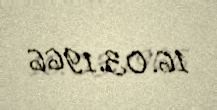
16.03.1966